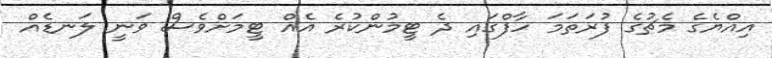
އިއްޔެގެ މެޗުގެ ފުރަތަމަ ހާފްގައި ދެ ޓީމުންކުރެ އެއް ޓީމަށްވެސް ވަނީ ލަނޑެއް